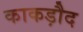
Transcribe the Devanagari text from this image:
काकड़ौद